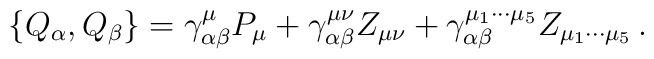
\left\{ Q_{\alpha },Q_{\beta }\right\} =\gamma _{\alpha \beta }^{\mu }P_{\mu}+\gamma _{\alpha \beta }^{\mu \nu }Z_{\mu \nu }+\gamma _{\alpha \beta}^{\mu _{1}\cdots \mu _{5}}Z_{\mu _{1}\cdots \mu _{5}}\,.